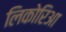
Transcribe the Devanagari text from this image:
लिकोरिआ